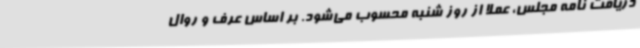
دریافت نامه مجلس، عملا از روز شنبه محسوب می‌شود. بر اساس عرف و روال